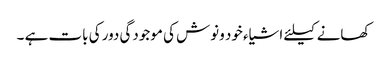
کھانے کیلئے اشیاء خود ونوش کی موجودگی دور کی بات ہے ۔